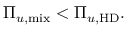
\Pi _ { u , \mathrm { m i x } } < \Pi _ { u , \mathrm { H D } } .